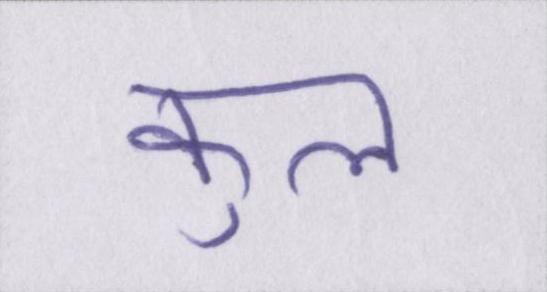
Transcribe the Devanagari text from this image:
कुल